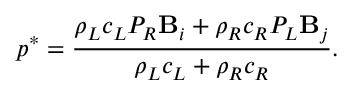
p ^ { * } = \frac { \rho _ { L } c _ { L } P _ { R } \mathbf { B } _ { i } + \rho _ { R } c _ { R } P _ { L } \mathbf { B } _ { j } } { \rho _ { L } c _ { L } + \rho _ { R } c _ { R } } .